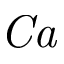
\mathit { C a }